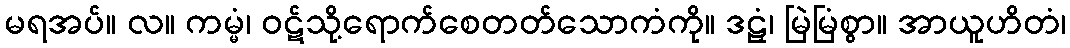
မရအပ်။ လ။ ကမ္မံ၊ ဝဋ်သို့ရောက်စေတတ်သောကံကို။ ဒဠှံ၊ မြဲမြံစွာ။ အာယူဟိတံ၊